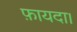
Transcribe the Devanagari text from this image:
फ़ायदा।